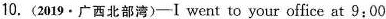
10.(2019·广西北部湾)——I went to your office at 9:00